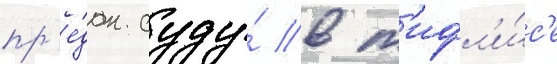
пр'е́дан суду́ в т'ифл'и́с'е